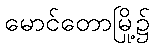
မောင်တောမြို့၌